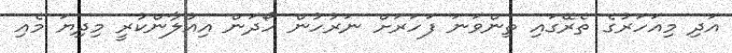
އަދި މިއަހަރުގެ ތެރޭގައި ތިންވަނަ ފަހަރަށް ނަރުހުން ހޯދަން އިއުލާންކުރީ މިދިޔަ މެއި